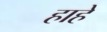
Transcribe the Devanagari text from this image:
हाहे